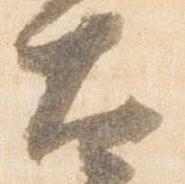
太